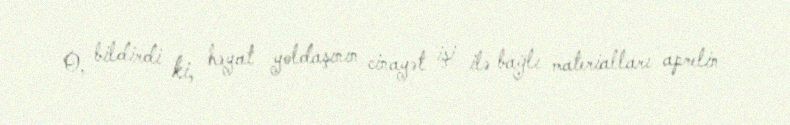
O, bildirdi ki, həyat yoldaşının cinayət işi ilə bağlı materialları aprelin